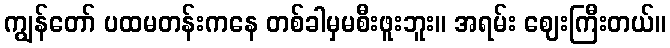
ကျွန်တော် ပထမတန်းကနေ တစ်ခါမှမစီးဖူးဘူး။ အရမ်း ဈေးကြီးတယ်။